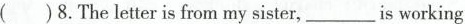
()8.The letter is from my sister，___is working